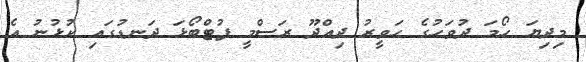
މިދިޔަ ހޯމަ ދުވަހުގެ ހަވީރު ދިއްދޫ ރަސްމީ ފުޓްބޯޅަ ދަނޑުގައި ކުޅުނު އެ